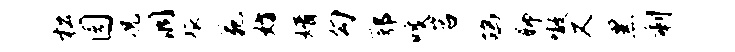
松园况洞旅苑妨婿勾鄂唳岩鸪聊嗷又黑剩